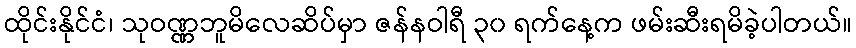
ထိုင်းနိုင်ငံ၊ သုဝဏ္ဏဘူမိလေဆိပ်မှာ ဇန်နဝါရီ ၃၀ ရက်နေ့က ဖမ်းဆီးရမိခဲ့ပါတယ်။